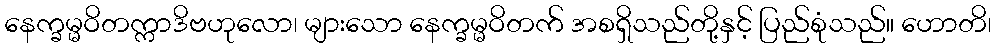
နေက္ခမ္မဝိတက္ကာဒိဗဟုလော၊ များသော နေက္ခမ္မဝိတက် အစရှိသည်တို့နှင့် ပြည်စုံသည်။ ဟောတိ၊